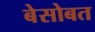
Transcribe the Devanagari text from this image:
बेसोबत